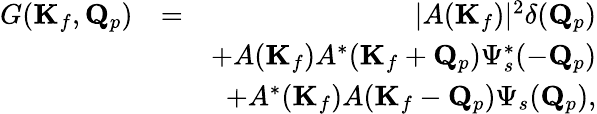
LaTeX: \begin{array}{rlr}{G(\mathbf{K}_{f},\mathbf{Q}_{p})}&{=}&{|A(\mathbf{K}_{f})|^{2}\delta(\mathbf{Q}_{p})}\\ &{}&{+A(\mathbf{K}_{f})A^{*}(\mathbf{K}_{f}+\mathbf{Q}_{p})\Psi_{s}^{*}(-\mathbf{Q}_{p})}\\ &{}&{+A^{*}(\mathbf{K}_{f})A(\mathbf{K}_{f}-\mathbf{Q}_{p})\Psi_{s}(\mathbf{Q}_{p}),}\end{array}